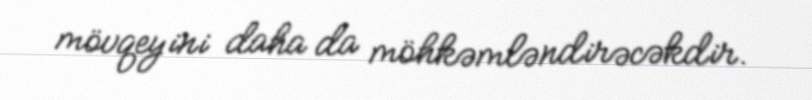
mövqeyini daha da möhkəmləndirəcəkdir.